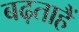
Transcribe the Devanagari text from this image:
बढ़ताहैं